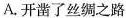
A.开凿了丝绸之路